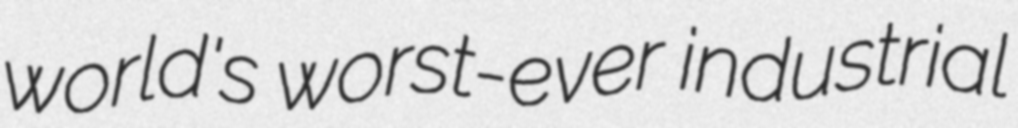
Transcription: world's worst-ever industrial